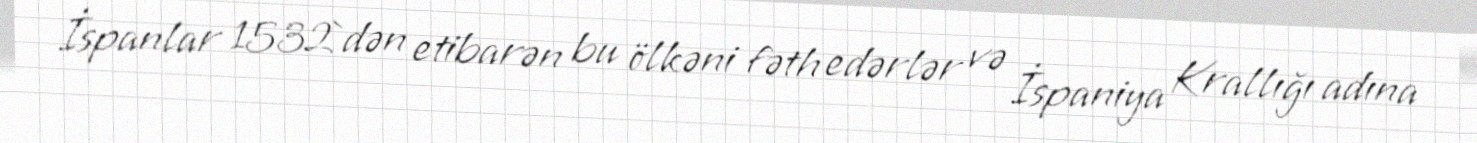
İspanlar 1532`dən etibarən bu ölkəni fəth edərlər və İspaniya Krallığı adına